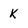
Character: K